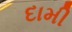
દામી